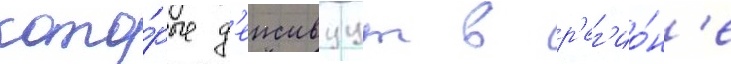
кото́рые д'еиствуут в р'ег'ио́н'е